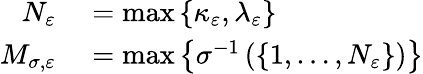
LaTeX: \begin{array}{rl}{N_{\varepsilon}}&{{}=\operatorname*{max}\left\{ \kappa_{\varepsilon},\lambda_{\varepsilon}\right\} }\\ {M_{\sigma,\varepsilon}}&{{}=\operatorname*{max}\left\{ \sigma^{-1}\left(\left\{ 1,\dots,N_{\varepsilon}\right\} \right)\right\} }\end{array}